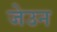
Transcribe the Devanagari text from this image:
जेउन